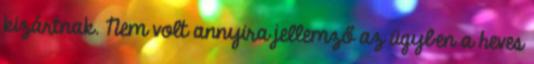
kizártnak. Nem volt annyira jellemző az ügyben a heves